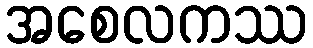
အစေလကဿ